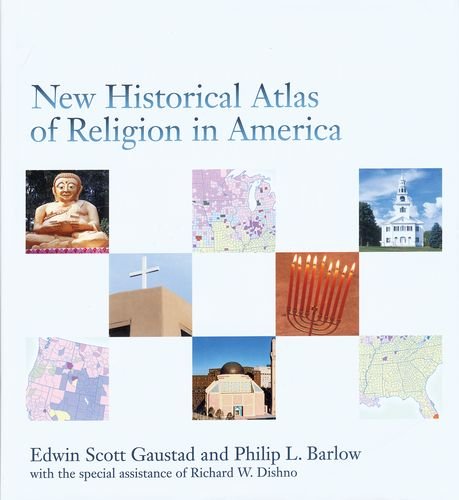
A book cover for New Historical Atlas of Religion in America; Edwin Scott Gaustad; Christian Books & Bibles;